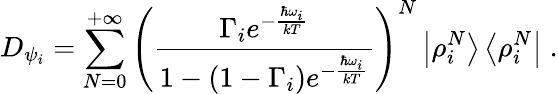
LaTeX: D_{\psi_{i}}=\sum_{N=0}^{+\infty}{\left(\frac{\Gamma_{i}e^{-{\frac{\hbar\omega_{i}}{kT}}}}{1-\left(1-\Gamma_{i}\right)e^{-{\frac{\hbar\omega_{i}}{kT}}}}\right)}^{N}\left|\rho_{i}^{N}\right>\left<\rho_{i}^{N}\right|\; .